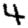
Digit: 4